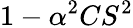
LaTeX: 1-\alpha^{2}CS^{2}